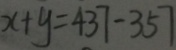
x + y = 4 3 7 - 3 5 7